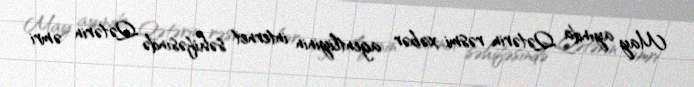
May ayında Qətərin rəsmi xəbər agentliyinin internet səhifəsində Qətərin əmri